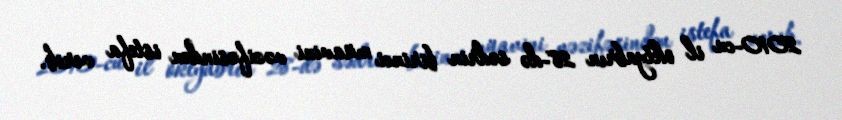
2010-cu il oktyabrın 28-də sədrin birinci müavini vəzifəsindən istefa verib.